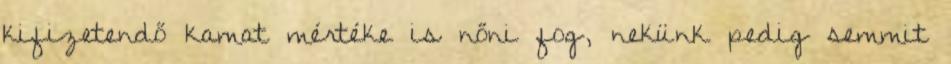
kifizetendő kamat mértéke is nőni fog, nekünk pedig semmit